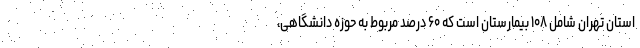
استان تهران شامل ۱۰۸ بیمارستان است که ۶۰ درصد مربوط به حوزه دانشگاهی،